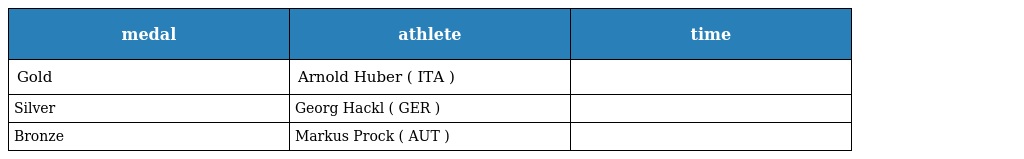
| medal | athlete | time |
 | --- | --- | --- |
 | Gold | Arnold Huber ( ITA ) |  |
 | Silver | Georg Hackl ( GER ) |  |
 | Bronze | Markus Prock ( AUT ) |  |